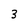
Character: 3